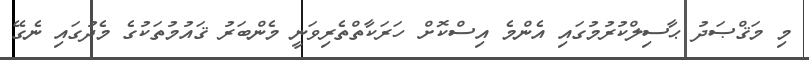
މި މަޤްޞަދު ޙާސިލްކުރުމުގައި އެންމެ އިސްކޮށް ހަރަކާތްތެރިވަނީ މެންބަރު ޤައުމުތަކުގެ މެދުގައި ނެގޭ